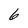
Character: 6